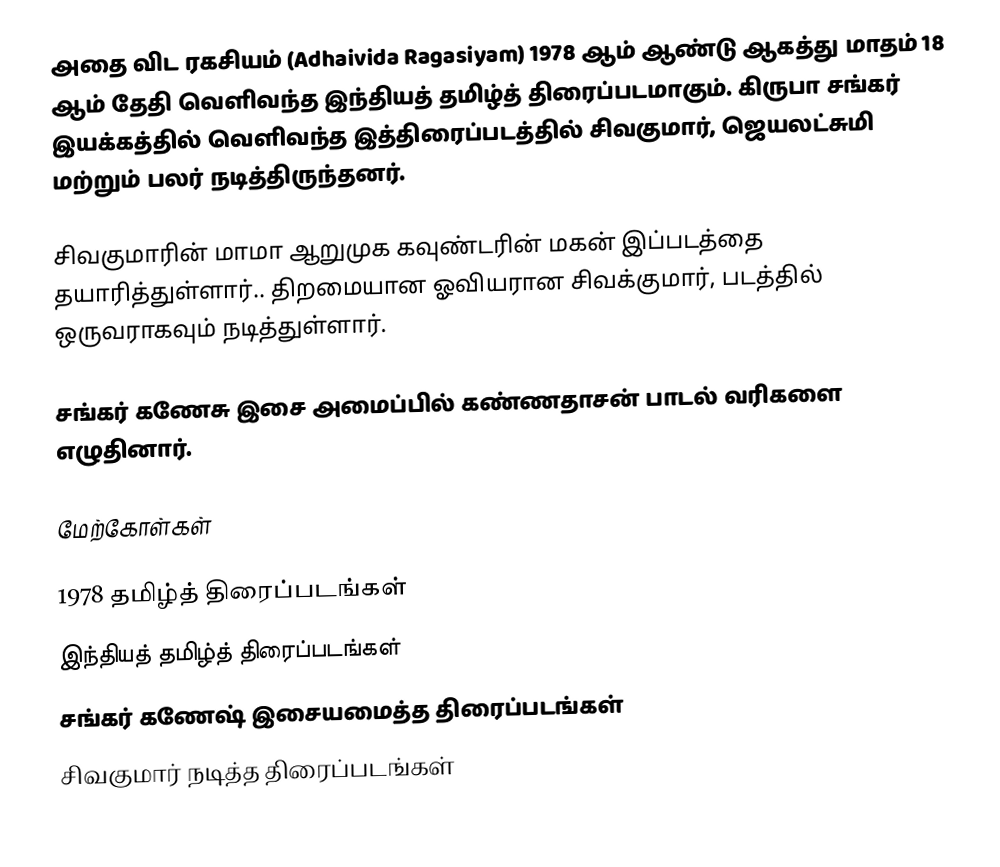
அதை விட ரகசியம்  (Adhaivida Ragasiyam) 1978 ஆம் ஆண்டு ஆகத்து மாதம் 18 ஆம் தேதி வெளிவந்த இந்தியத் தமிழ்த் திரைப்படமாகும். கிருபா சங்கர் இயக்கத்தில் வெளிவந்த இத்திரைப்படத்தில் சிவகுமார், ஜெயலட்சுமி மற்றும் பலர் நடித்திருந்தனர்.

சிவகுமாரின் மாமா ஆறுமுக கவுண்டரின் மகன் இப்படத்தை தயாரித்துள்ளார்.. திறமையான ஓவியரான சிவக்குமார், படத்தில் ஒருவராகவும் நடித்துள்ளார்.

சங்கர் கணேசு இசை அமைப்பில் கண்ணதாசன் பாடல் வரிகளை எழுதினார்.

மேற்கோள்கள்

1978 தமிழ்த் திரைப்படங்கள்
இந்தியத் தமிழ்த் திரைப்படங்கள்
சங்கர் கணேஷ் இசையமைத்த திரைப்படங்கள்
சிவகுமார் நடித்த திரைப்படங்கள்